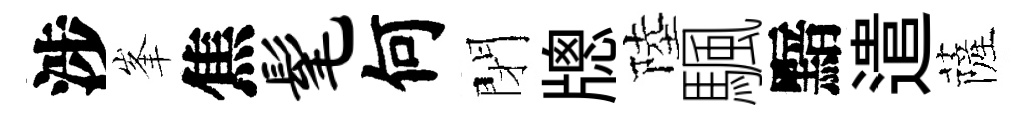
涉峯焦髦何閉牕陸颿黯遣薩